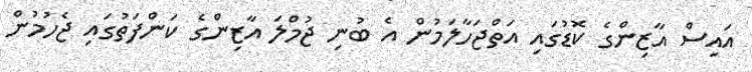
އައިސް އާޒިންގެ ކޮޑުގައި އަތްޖަހާލަމުން އެ ބުނި ޖުމްލަ އާޒިންގެ ކަންފަތުގައި ޖެހުމުން